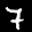
Label: 7